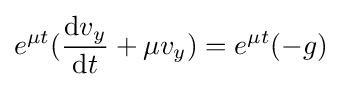
e^{\mu t}({\frac {\mathrm {d} v_{y}}{\mathrm {d} t}}+\mu v_{y})=e^{\mu t}(-g)